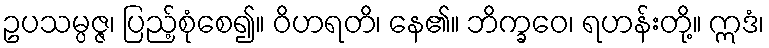
ဥပသမ္ပဇ္ဇ၊ ပြည့်စုံစေ၍။ ဝိဟရတိ၊ နေ၏။ ဘိက္ခဝေ၊ ရဟန်းတို့။ ဣဒံ၊